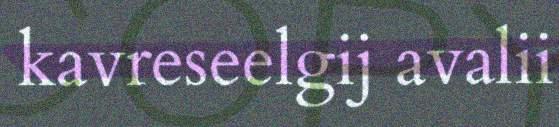
kavreseelgij avalii